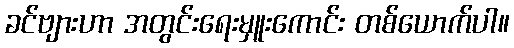
ခင်ဗျားဟာ အတွင်းရေးမှူးကောင်း တစ်ယောက်ပါ။